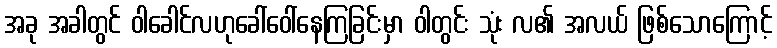
အခု အခါတွင် ဝါခေါင်လဟုခေါ်ဝေါ်နေကြခြင်းမှာ ဝါတွင်း သုံး လ၏ အလယ် ဖြစ်သောကြောင့်